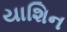
યાશિન